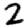
Digit: 2